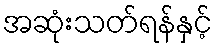
အဆုံးသတ်ရန်နှင့်